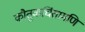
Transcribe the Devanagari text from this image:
कौतुकचिंतामणि